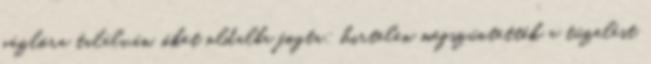
gázlóra találván, őket oldalba fogta; hirtelen megszüntették a tüzelést